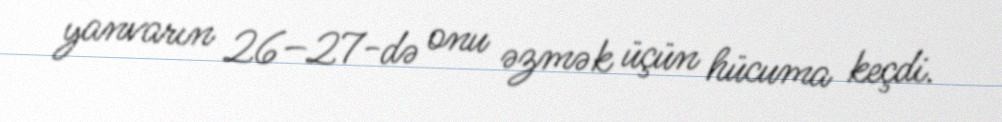
yanvarın 26–27-də onu əzmək üçün hücuma keçdi.